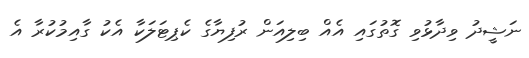
ނަޝީދު ވިދާޅުވި ގޮތުގައި އެއް ބިލިއަން ރުފިޔާގެ ކެޕިޓަލަކާ އެކު ގާއިމުކުރާ އެ